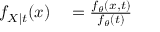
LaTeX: \begin{array} { r l } { f _ { X \mid t } ( x ) } & { { } = { \frac { f _ { \theta } ( x , t ) } { f _ { \theta } ( t ) } } } \end{array}